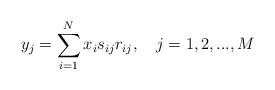
LaTeX: \begin{align*}y_j = \sum_{i=1}^N x_i s_{ij} r_{ij},\ \ \ j = 1, 2, ..., M\end{align*}